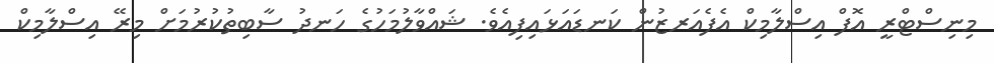
މިނިސްޓްރީ އޮފް އިސްލާމިކް އެފެއަރޒުން ކަނޑައަޅައިފިއެވެ. ޝައްވާލުމަހުގެ ހަނދު ސާބިތުކުރުމަށް މިރޭ އިސްލާމިކް